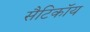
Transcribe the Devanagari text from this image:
सैटिकॉय